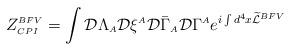
LaTeX: \begin{align*}\displaystyle Z^{\scriptscriptstyle BFV}_{\scriptscriptstyle CPI}=\int {\cal D} \Lambda_{\scriptscriptstyle A} {\cal D} \xi^{\scriptscriptstyle A} {\cal D} \bar{\Gamma}_{\scriptscriptstyle A} {\cal D}\Gamma^{\scriptscriptstyle A} e^{ i \int d^4x \widetilde{\cal L}^{\scriptscriptstyle BFV}} \end{align*}